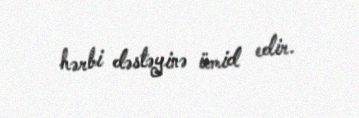
hərbi dəstəyinə ümid edir.